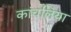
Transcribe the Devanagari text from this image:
कांचलिया